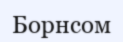
Борнсом